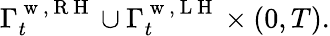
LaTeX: \Gamma_{t}^{\mathrm{~w~,~R~H~}}\cup\Gamma_{t}^{\mathrm{~w~,~L~H~}}\times(0,T).